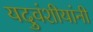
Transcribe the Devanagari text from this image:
यदुवंशीयांनी